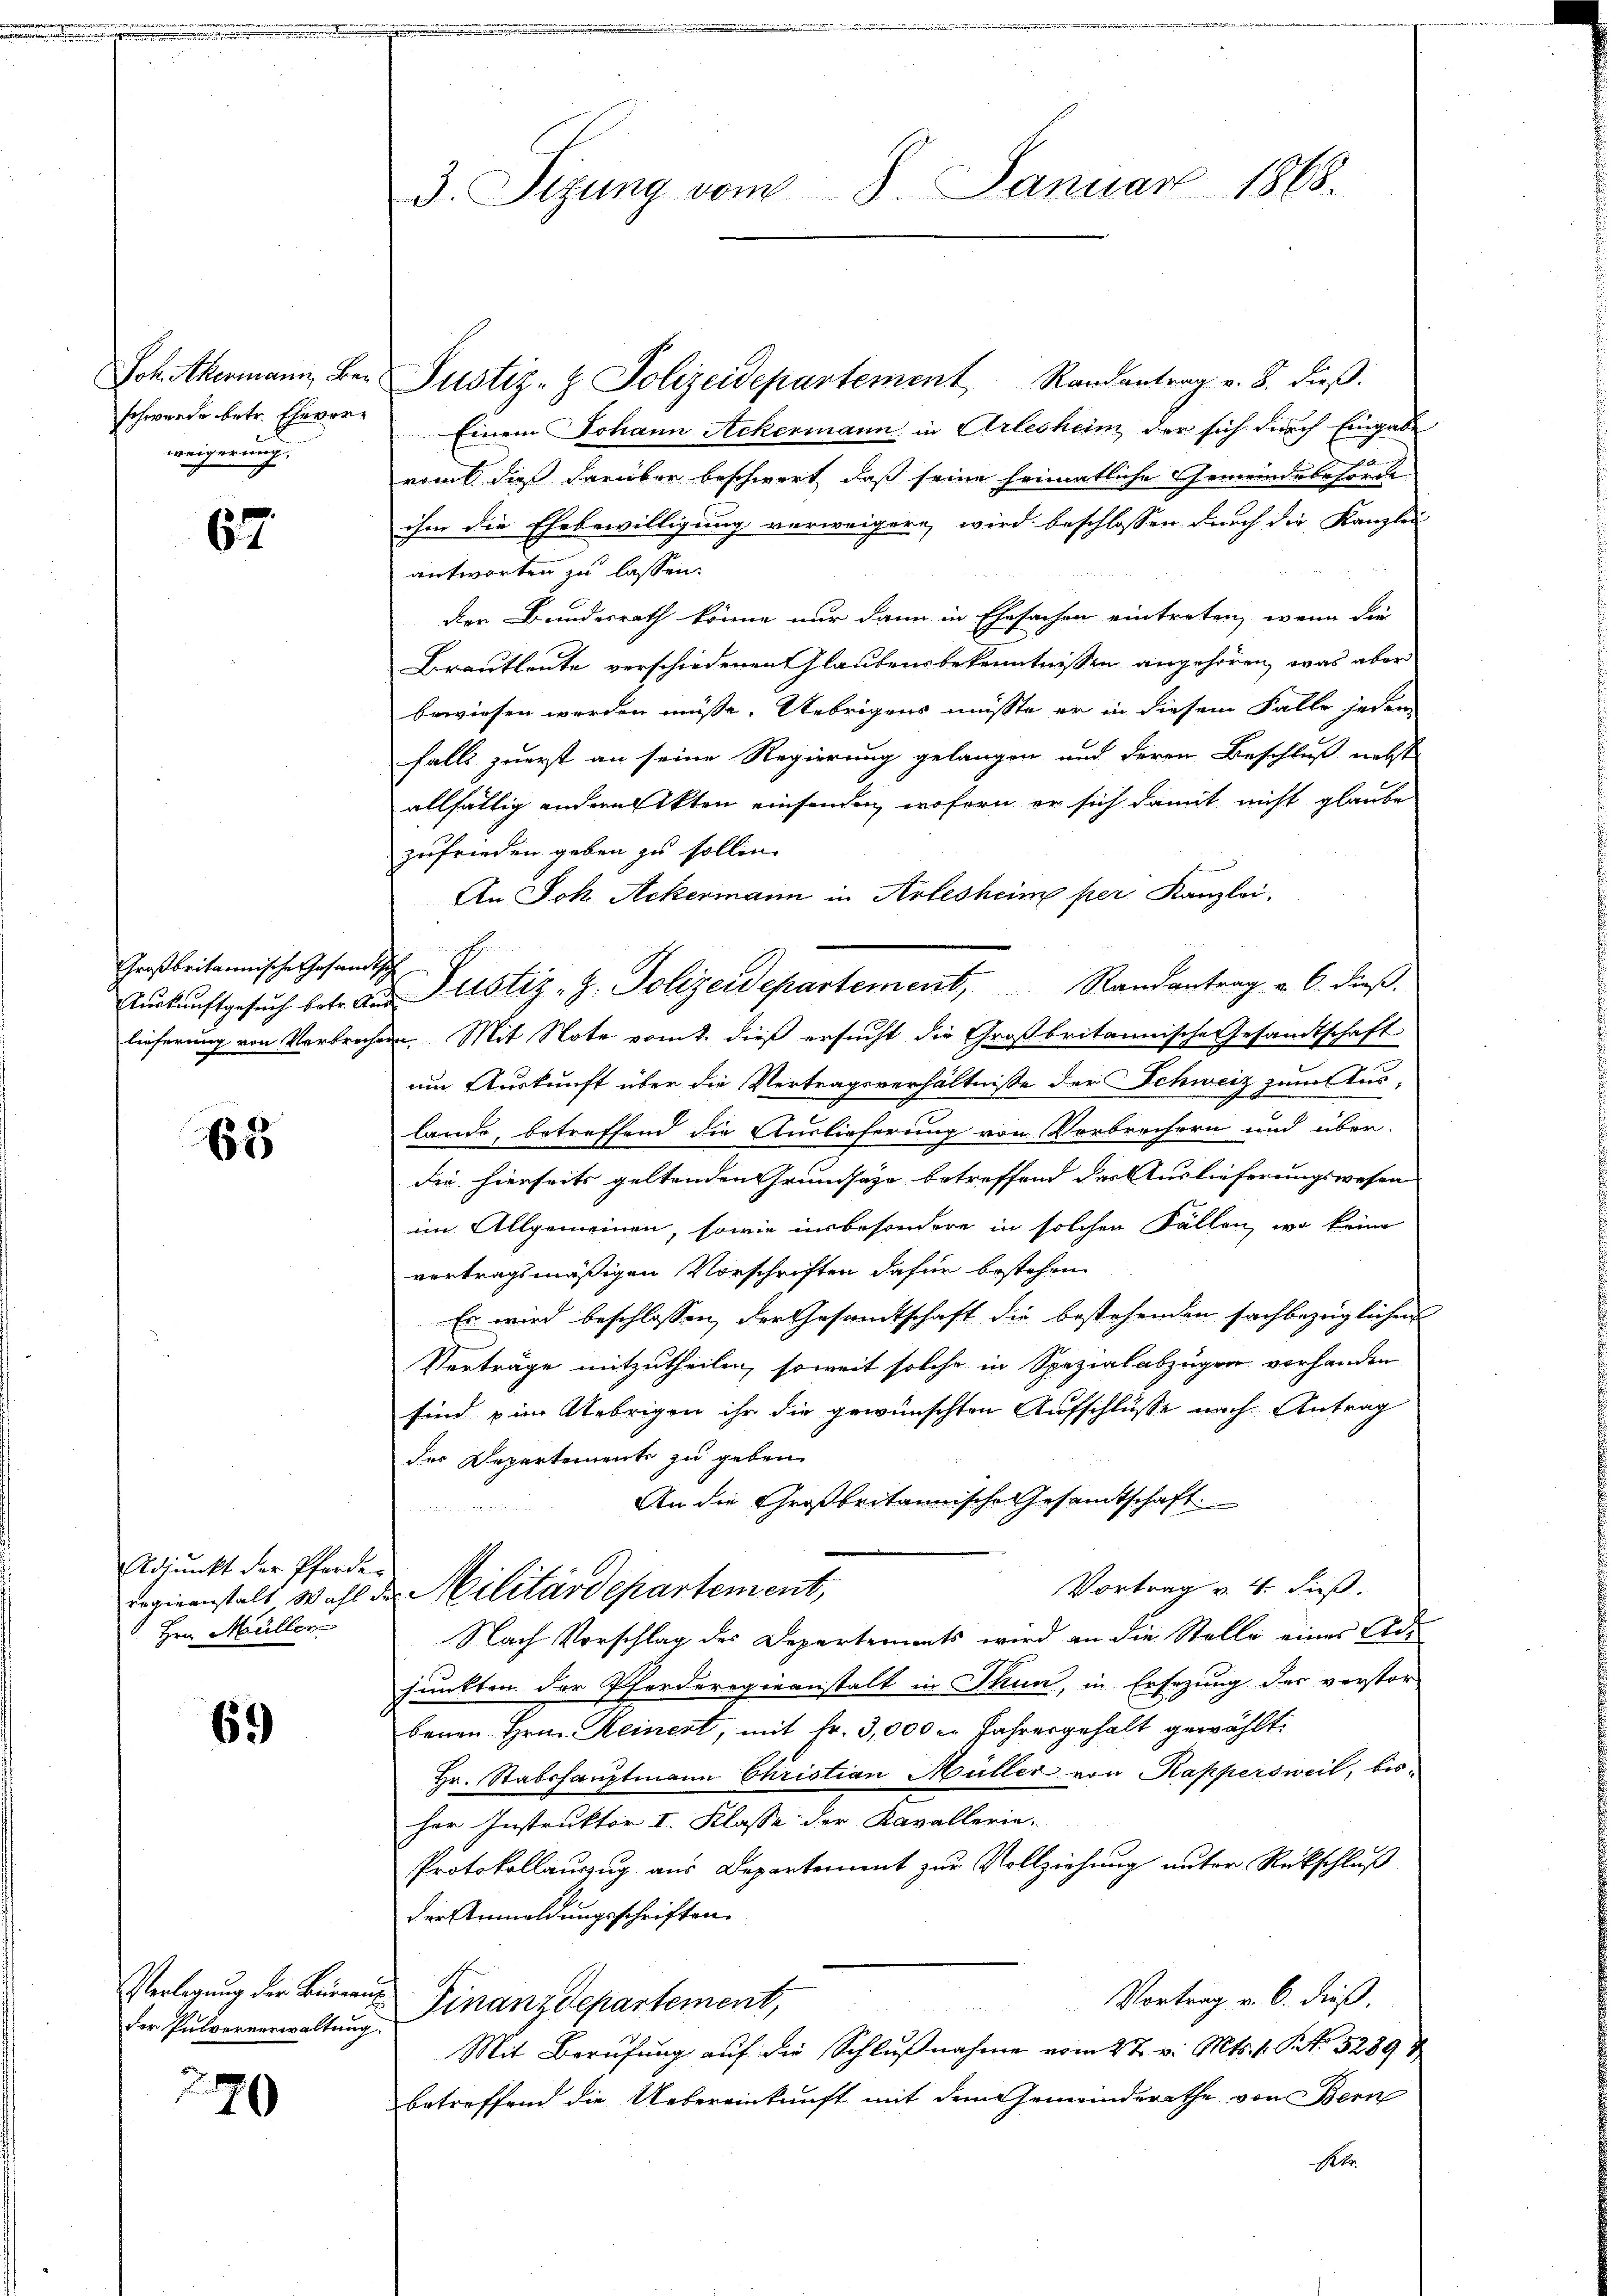
schwerde betr. Eheverweigerung.

67.

Großbritannische Gesandtsch

65

Adjunkt der Pferde
regieanstalt Wahl
1 Hrn. Müller

69)

der Pulververwaltung

279

3. Sizung vom 8. Januar 1868.

Joh. Abermann, der Justiz- & Polizeidepartement Randantrag v. 8. dieβ.
Einem Johann Ackermann in Arlesheim, der sich durch Eingabe
romt dieß darüber beschwert, daß seine heimatliche Gemeindebehörde
ihm die Ehebewilligung verweigern, wird beschlossen durch die Kanzlei
antworten zu lassen.
der Bundesrath könne nur dann in Ehesachen eintreten, wenn die
Brautleute verschiedenen Glaubensbekenntnissen angehören, was aber
bewiesen werden müsse. Uebrigens müsste er in diesem Falle jeden
falls zuerst an seine Regierung gelangen und deren Beschluß nebst
allfällig andern Akten einsenden, wofern er sich damit nicht glaube
zufrieden geben zu sollen.
An Joh. Ackermann in Arlesheime per Kanzlei,
lieferung von Verbrechen. Mit Note vom 2. dieß ersucht die Großbritannische Gesandtschaft
um Auskunft über die Vertragsverhältnisse der Schweiz zum Aus-
lande, betreffend die Auslieferung von Verbrechern und über-
die hierseits geltenden Grundsaze betreffend der Auslieferungswesen
im Allgemeinen, sowie insbesondere in solchen Fällen, wo keine
vertragsmäßigen Vorschriften dafür bestehen
Es wird beschlossen, der Gesandtschaft die bestehenden sachbezüglichen
Verträge mitzutheilen, soweit solche in Spezialabzügen vorhanden
sind im Uebrigen ihr die gewünschten Aufschlüsse nach Antrag
des Departemente zu geben.
An die Großbritannische Gesamtschaft.
Vortrag v. 4. dieß.
 Militärdepartement,
Nach Vorschlag des Departements wird an die Stelle eines Adfunkten der Pferderegieanstalt in Thun, in Ersezung der verstor-
benen Hrn. Keinert, mit Fr. 3,000 l. Jahresgehalt gewählt.
Hr. Stabshauptmann Christian Müller von Kappersweil, bisher Instruktor I. Klasse der Kavallerie-
Protokollauszug aus Departement zur Vollziehung unter Rückschluß
der Anmeldungsschriften.
Verlegung der Bürger Finanzdepartement,
Vortrag v. 6. dieß.
u
Mit Berufung auf die Schlußnahme vom 27. v. Mts. 1. S. 5289 u
betreffend die Uebereinkunft mit dem Gemeinderathe von Bern
Nobr.

Tŭrkŭnftgesŭch betr. aŭs ustiz- H. Polizeidepartement, Randantrag v. 6. dieβ.